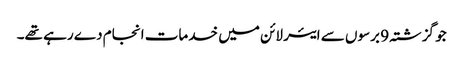
جو گزشتہ 9 برسوں سے ایئر لائن میں خدمات انجام دے رہے تھے۔